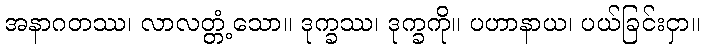
အနာဂတဿ၊ လာလတ္တံ့သော။ ဒုက္ခဿ၊ ဒုက္ခကို။ ပဟာနာယ၊ ပယ်ခြင်းငှာ။